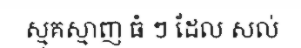
ស្មុគស្មាញ ធំ ៗ ដែល សល់